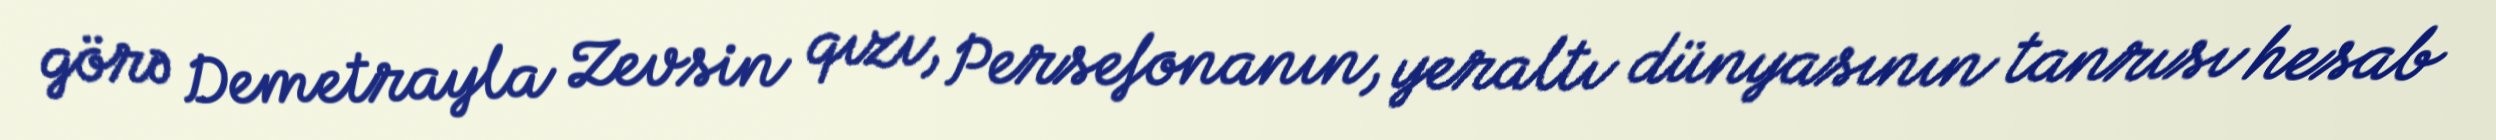
görə Demetrayla Zevsin qızı, Persefonanın, yeraltı dünyasının tanrısı hesab